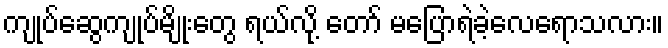
ကျုပ်ဆွေကျုပ်မျိုးတွေ ရယ်လို့ တော် မပြောရဲခဲ့လေရောသလား။